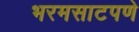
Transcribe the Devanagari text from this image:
भरमसाटपणे